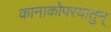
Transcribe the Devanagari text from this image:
कानाकोपरयातुन्